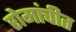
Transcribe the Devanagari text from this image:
रोमांचीत